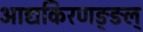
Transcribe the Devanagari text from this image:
आद्यकिरणङ्ङल्